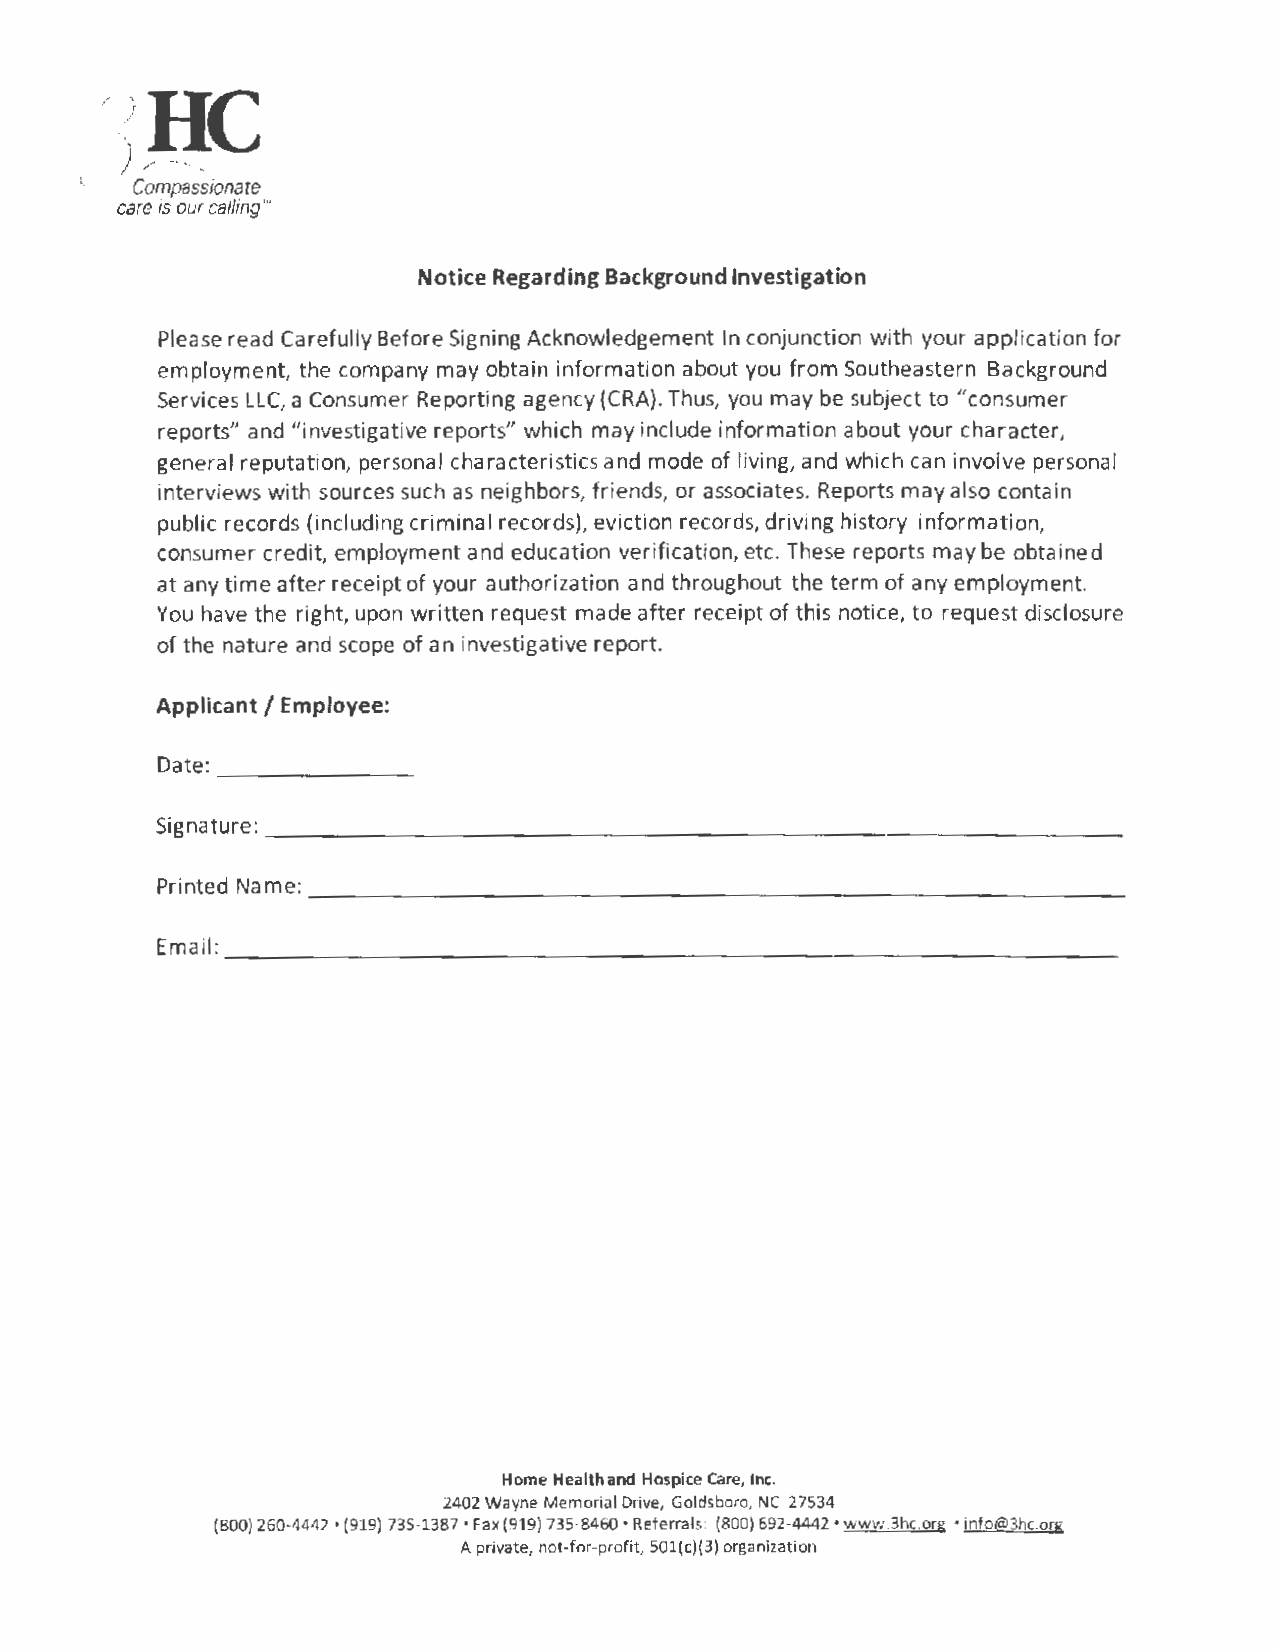
1!!~
 ... Compassionate
 care is our calling"'
 Notice Regarding Background Investigation
 Please read Carefully Before Signing Acknowledgement In conjunction with your application for
 employment, the company may obtain information about you from Southeastern Background
 Services LLC, a Consumer Reporting agency (CRA). Thus, you may be subject to "consumer
 reports" and "investigative reports" which may include information about your character,
 general reputation, personal characteristics and mode of living, and which can involve personal
 interviews with sources such as neighbors, friends, or associates. Reports may also contain
 public records (including criminal records), eviction records, driving history information,
 consumer credit, employment and education verification, etc. These reports may be obtained
 at any time after receipt of your authorization and throughout the term of any employment.
 You have the right, upon written request made after receipt of this notice, to request disclosure
 of the nature and scope of an investigative report.
 Applicant/ Employee:
 Date: --------
 Signature:---------------------------------
 Printed Name: --------------------------------
 Email: _________________________________
 Home Health and Hospice Care, Inc.
 2402 Wayne Memorial Drive, Goldsboro, NC 27S34
 (800) 260-4442 • (919} 73S-1387 • Fax (919} 735-8460 • Referrals: (800} 692-4442 • www.3hc.org • info@3hc.org
 A private, not-for-profit, 501(c)(3} organization